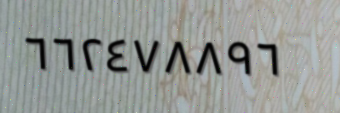
٦٦٢٤٧٨٨٩٦